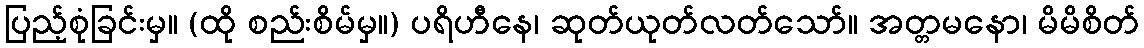
ပြည့်စုံခြင်းမှ။ (ထို စည်းစိမ်မှ။) ပရိဟီနေ၊ ဆုတ်ယုတ်လတ်သော်။ အတ္တမနော၊ မိမိစိတ်